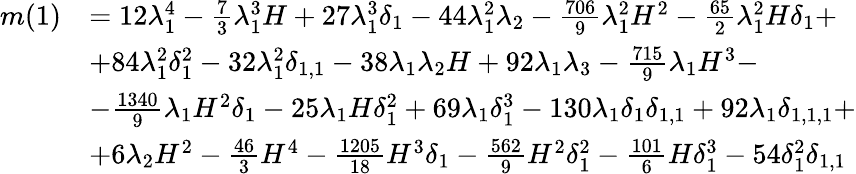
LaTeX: \begin{array}{rl}{m(1)}&{=12\lambda_{1}^{4}-\frac{7}{3}\lambda_{1}^{3}H+27\lambda_{1}^{3}\delta_{1}-44\lambda_{1}^{2}\lambda_{2}-\frac{706}{9}\lambda_{1}^{2}H^{2}-\frac{65}{2}\lambda_{1}^{2}H\delta_{1}+}\\ &{+84\lambda_{1}^{2}\delta_{1}^{2}-32\lambda_{1}^{2}\delta_{1,1}-38\lambda_{1}\lambda_{2}H+92\lambda_{1}\lambda_{3}-\frac{715}{9}\lambda_{1}H^{3}-}\\ &{-\frac{1340}{9}\lambda_{1}H^{2}\delta_{1}-25\lambda_{1}H\delta_{1}^{2}+69\lambda_{1}\delta_{1}^{3}-130\lambda_{1}\delta_{1}\delta_{1,1}+92\lambda_{1}\delta_{1,1,1}+}\\ &{+6\lambda_{2}H^{2}-\frac{46}{3}H^{4}-\frac{1205}{18}H^{3}\delta_{1}-\frac{562}{9}H^{2}\delta_{1}^{2}-\frac{101}{6}H\delta_{1}^{3}-54\delta_{1}^{2}\delta_{1,1}}\end{array}